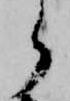
ら